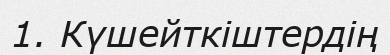
1. Күшейткіштердің